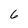
Character: 6